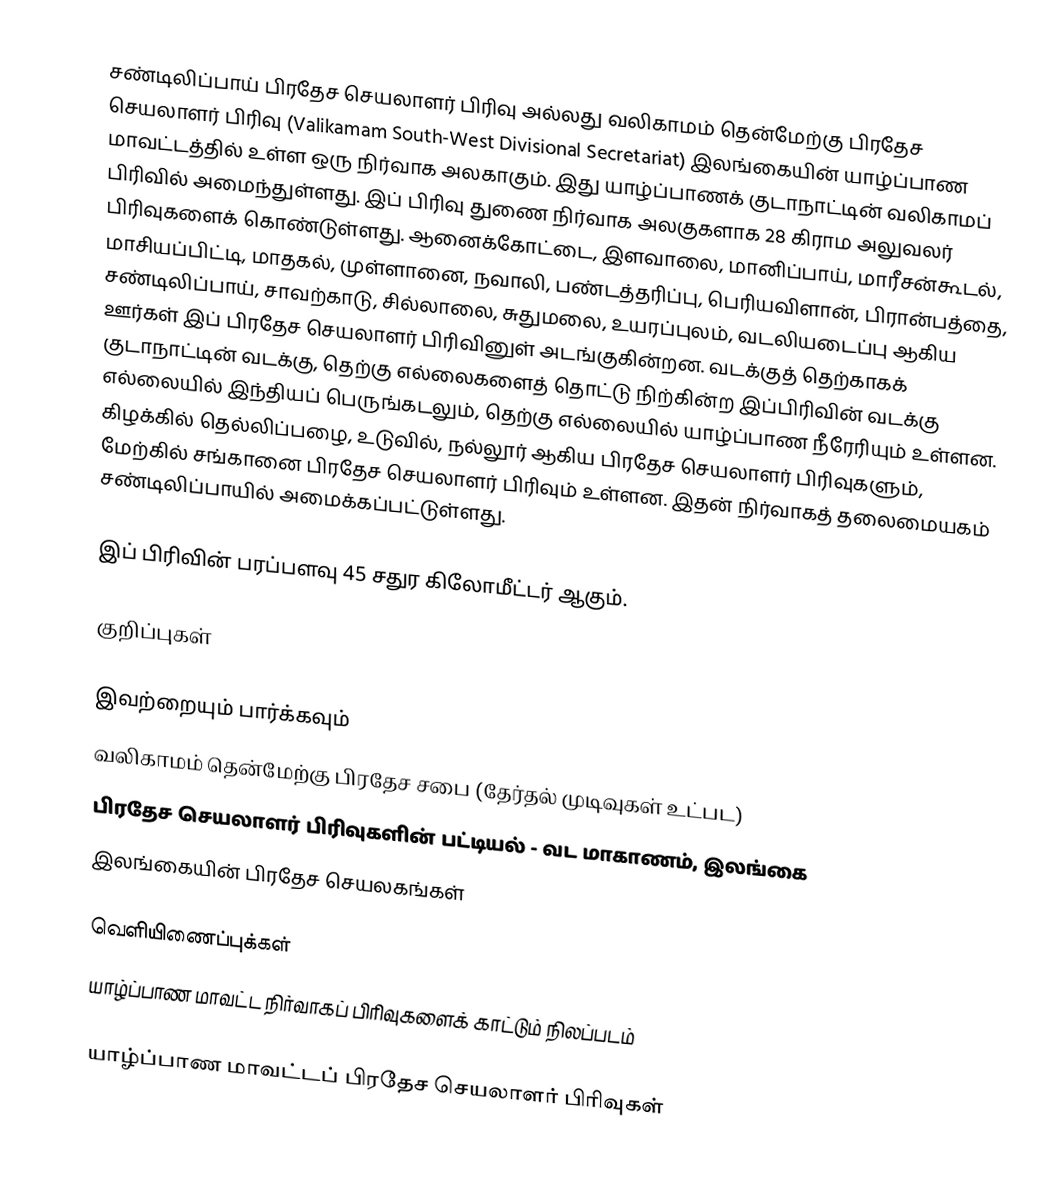
சண்டிலிப்பாய் பிரதேச செயலாளர் பிரிவு அல்லது வலிகாமம் தென்மேற்கு பிரதேச செயலாளர் பிரிவு (Valikamam South-West Divisional Secretariat) இலங்கையின் யாழ்ப்பாண மாவட்டத்தில் உள்ள ஒரு நிர்வாக அலகாகும். இது யாழ்ப்பாணக் குடாநாட்டின் வலிகாமப் பிரிவில் அமைந்துள்ளது. இப் பிரிவு துணை நிர்வாக அலகுகளாக 28 கிராம அலுவலர் பிரிவுகளைக் கொண்டுள்ளது. ஆனைக்கோட்டை, இளவாலை, மானிப்பாய், மாரீசன்கூடல், மாசியப்பிட்டி, மாதகல், முள்ளானை, நவாலி, பண்டத்தரிப்பு, பெரியவிளான், பிரான்பத்தை, சண்டிலிப்பாய், சாவற்காடு, சில்லாலை, சுதுமலை, உயரப்புலம், வடலியடைப்பு  ஆகிய ஊர்கள் இப் பிரதேச செயலாளர் பிரிவினுள் அடங்குகின்றன. வடக்குத் தெற்காகக் குடாநாட்டின் வடக்கு, தெற்கு எல்லைகளைத் தொட்டு நிற்கின்ற இப்பிரிவின் வடக்கு எல்லையில் இந்தியப் பெருங்கடலும், தெற்கு எல்லையில் யாழ்ப்பாண நீரேரியும் உள்ளன. கிழக்கில் தெல்லிப்பழை, உடுவில், நல்லூர் ஆகிய பிரதேச செயலாளர் பிரிவுகளும், மேற்கில் சங்கானை பிரதேச செயலாளர் பிரிவும் உள்ளன. இதன் நிர்வாகத் தலைமையகம் சண்டிலிப்பாயில் அமைக்கப்பட்டுள்ளது.

இப் பிரிவின் பரப்பளவு 45 சதுர கிலோமீட்டர் ஆகும்.

குறிப்புகள்

இவற்றையும் பார்க்கவும்
 வலிகாமம் தென்மேற்கு பிரதேச சபை (தேர்தல் முடிவுகள் உட்பட)
 பிரதேச செயலாளர் பிரிவுகளின் பட்டியல் - வட மாகாணம், இலங்கை
 இலங்கையின் பிரதேச செயலகங்கள்

வெளியிணைப்புக்கள்
 யாழ்ப்பாண மாவட்ட நிர்வாகப் பிரிவுகளைக் காட்டும் நிலப்படம்

யாழ்ப்பாண மாவட்டப் பிரதேச செயலாளர் பிரிவுகள்